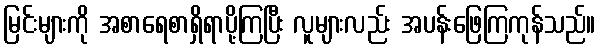
မြင်းများကို အစာရေစာရှိရာပို့ကြပြီး လူများလည်း အပန်းဖြေကြကုန်သည်။